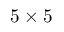
5 \times 5